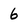
Character: 6